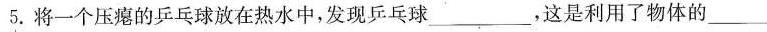
5.将一个压瘪的乒乓球放在热水中，发现乒乓球_____，这是利用了物体的______